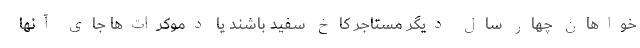
خواهان چهار سال دیگر مستاجر کاخ سفید باشند یا دموکرات‌ها جای آنها